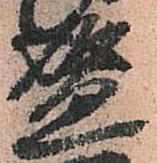
盛